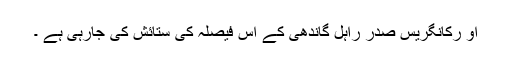
او رکانگریس صدر راہل گاندھی کے اس فیصلہ کی ستائش کی جارہی ہے ۔